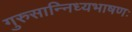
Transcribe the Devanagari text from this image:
गुरुसान्निध्यभाषणः